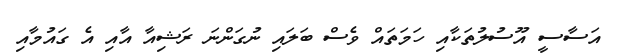
އަސާސީ އޫސުލުތަކާއި ހަމަތައް ވެސް ބަލައި ނުގަންނަ ރަޝިއާ އާއި އެ ގައުމާއި